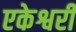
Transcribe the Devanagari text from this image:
एकेश्वरी